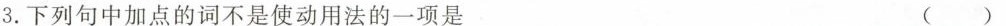
3.下列句中加点的词不是使动用法的一项是()